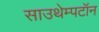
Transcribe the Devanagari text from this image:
साउथेम्पटॉन